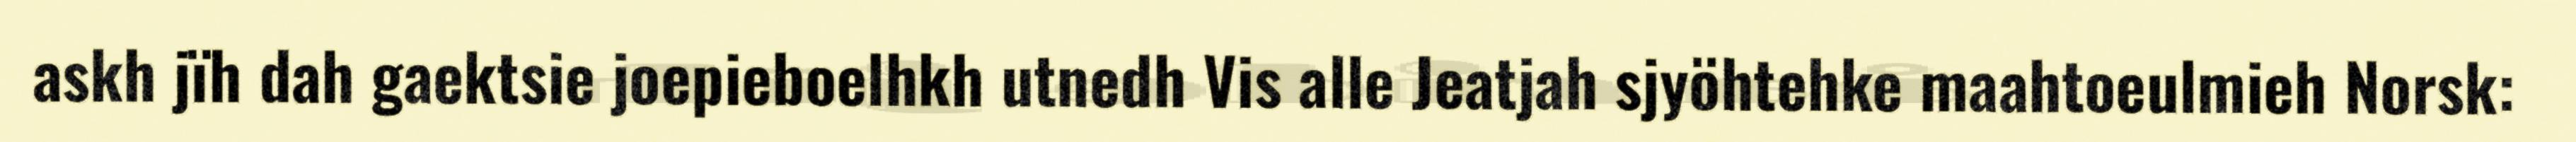
askh jïh dah gaektsie joepieboelhkh utnedh Vis alle Jeatjah sjyöhtehke maahtoeulmieh Norsk: